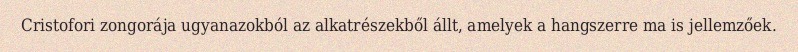
Cristofori zongorája ugyanazokból az alkatrészekből állt, amelyek a hangszerre ma is jellemzőek.